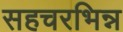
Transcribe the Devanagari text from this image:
सहचरभिन्न